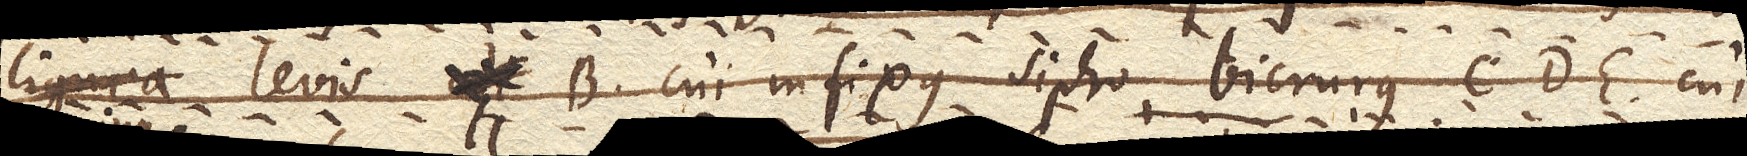
lignea levis B. cui infixus sipho bicrurus CDE. cujus